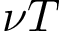
\nu T